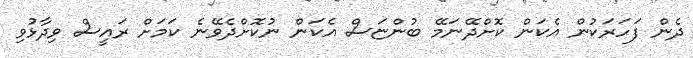
ދެން ފަހަރަކުން އެކަން ކޮށްދޭނަމޭ ބުންޏަސް އެކަން ނުކޮށްދެވޭނެ ކަމަށް ރައީސް ވިދާޅުވި